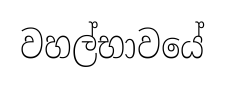
වහල්භාවයේ